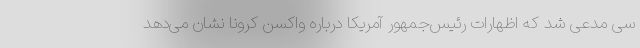
سی مدعی شد که اظهارات رئیس‌جمهور آمریکا درباره واکسن کرونا نشان می‌دهد